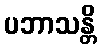
ပဘာသန္တိ